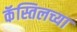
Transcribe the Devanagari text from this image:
कॅस्तिलच्या